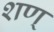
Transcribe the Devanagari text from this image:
शण्